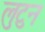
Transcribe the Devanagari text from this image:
लुटुन